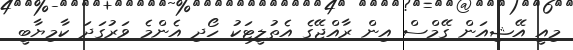
މިއީ އޭޝިއަން ގޭމްސް އިން ރާއްޖޭގެ އެތުލީޓަކު ހޯދި އެންމެ ވަރުގަދަ ކާމިޔާބީ